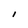
Character: I